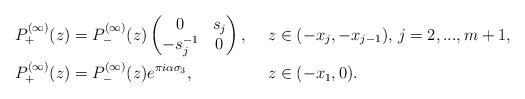
LaTeX: \begin{align*}& P^{(\infty)}_{+}(z) = P^{(\infty)}_{-}(z)\begin{pmatrix}0 & s_{j} \\ -s_{j}^{-1} & 0\end{pmatrix}, & & z \in (-x_{j},-x_{j-1}), \, j = 2,...,m+1, \\& P^{(\infty)}_{+}(z) = P^{(\infty)}_{-}(z)e^{\pi i \alpha \sigma_{3}}, & & z \in (-x_{1},0).\end{align*}